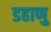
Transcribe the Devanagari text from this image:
डहाणु